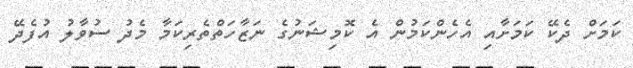
ކަމަށް ދެކޭ ކަމަށާއި އެހެންކަމުން އެ ކޮމިޝަނުގެ ނަޒާހަތްތެރިކަމާ މެދު ސުވާލު އުފެދޭ